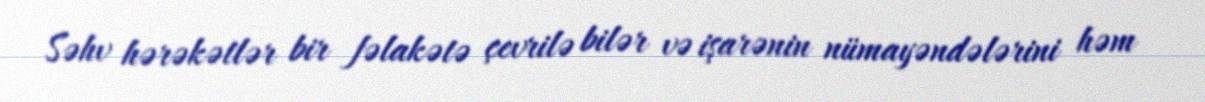
Səhv hərəkətlər bir fəlakətə çevrilə bilər və işarənin nümayəndələrini həm